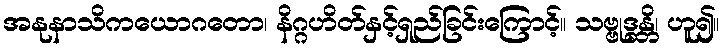
အနုနာသိကယောဂတော၊ နိဂ္ဂဟိတ်နှင့်ရှည်ခြင်းကြောင့်။ သဗ္ဗုဒ္ဓန္တိ၊ ဟူ၍။